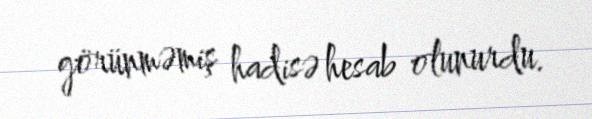
görünməmiş hadisə hesab olunurdu.